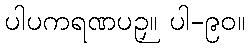
ပါပကရဏပဉှ။ ပါ-၉၀။